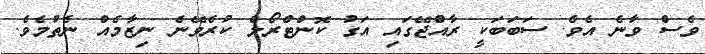
ވެސް ވާނެ އެވެ. ސަބަބަކީ ރާއްޖޭގައި އަގު ކޮންޓްރޯލް ކުރެވޭނެ ނިޒާމެއް ނެތުމެވެ.